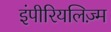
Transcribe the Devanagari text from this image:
इंपीरियलिज़्म